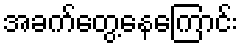
အခက်တွေ့နေကြောင်း